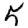
Digit: 5